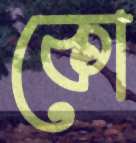
কো